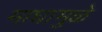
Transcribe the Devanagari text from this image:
माधामुळे